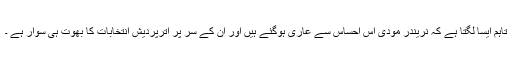
تاہم ایسا لگتا ہے کہ نریندر مودی اس احساس سے عاری ہوگئے ہیں اور ان کے سر پر اترپردیش انتخابات کا بھوت ہی سوار ہے ۔